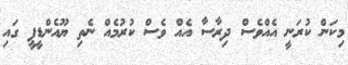
މިކަން ކުރަނީ އެއްވެސް ދިރާސާ އެއް ވެސް ކުރުމެއް ނެތި ޔޫއެންޑީޕީ ގައި